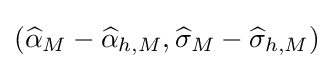
({\widehat {\alpha }}_{M}-{\widehat {\alpha }}_{h,M},{\widehat {\sigma }}_{M}-{\widehat {\sigma }}_{h,M})